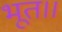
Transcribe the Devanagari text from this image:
भूत।।